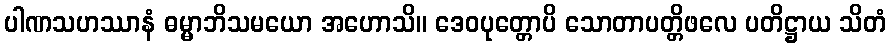
ပါဏသဟဿာနံ ဓမ္မာဘိသမယော အဟောသိ။ ဒေဝပုတ္တောပိ သောတာပတ္တိဖလေ ပတိဋ္ဌာယ သိတံ